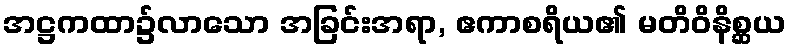
အဋ္ဌကထာ၌လာသော အခြင်းအရာ, ဧကာစရိယ၏ မတိဝိနိစ္ဆယ